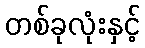
တစ်ခုလုံးနှင့်